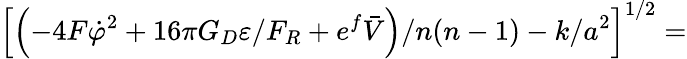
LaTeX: \left[\left(-4F\dot{\varphi}^{2}+16\pi G_{D}\varepsilon/F_{R}+e^{f}\bar{V}\right)/n(n-1)-k/a^{2}\right]^{1/2}=